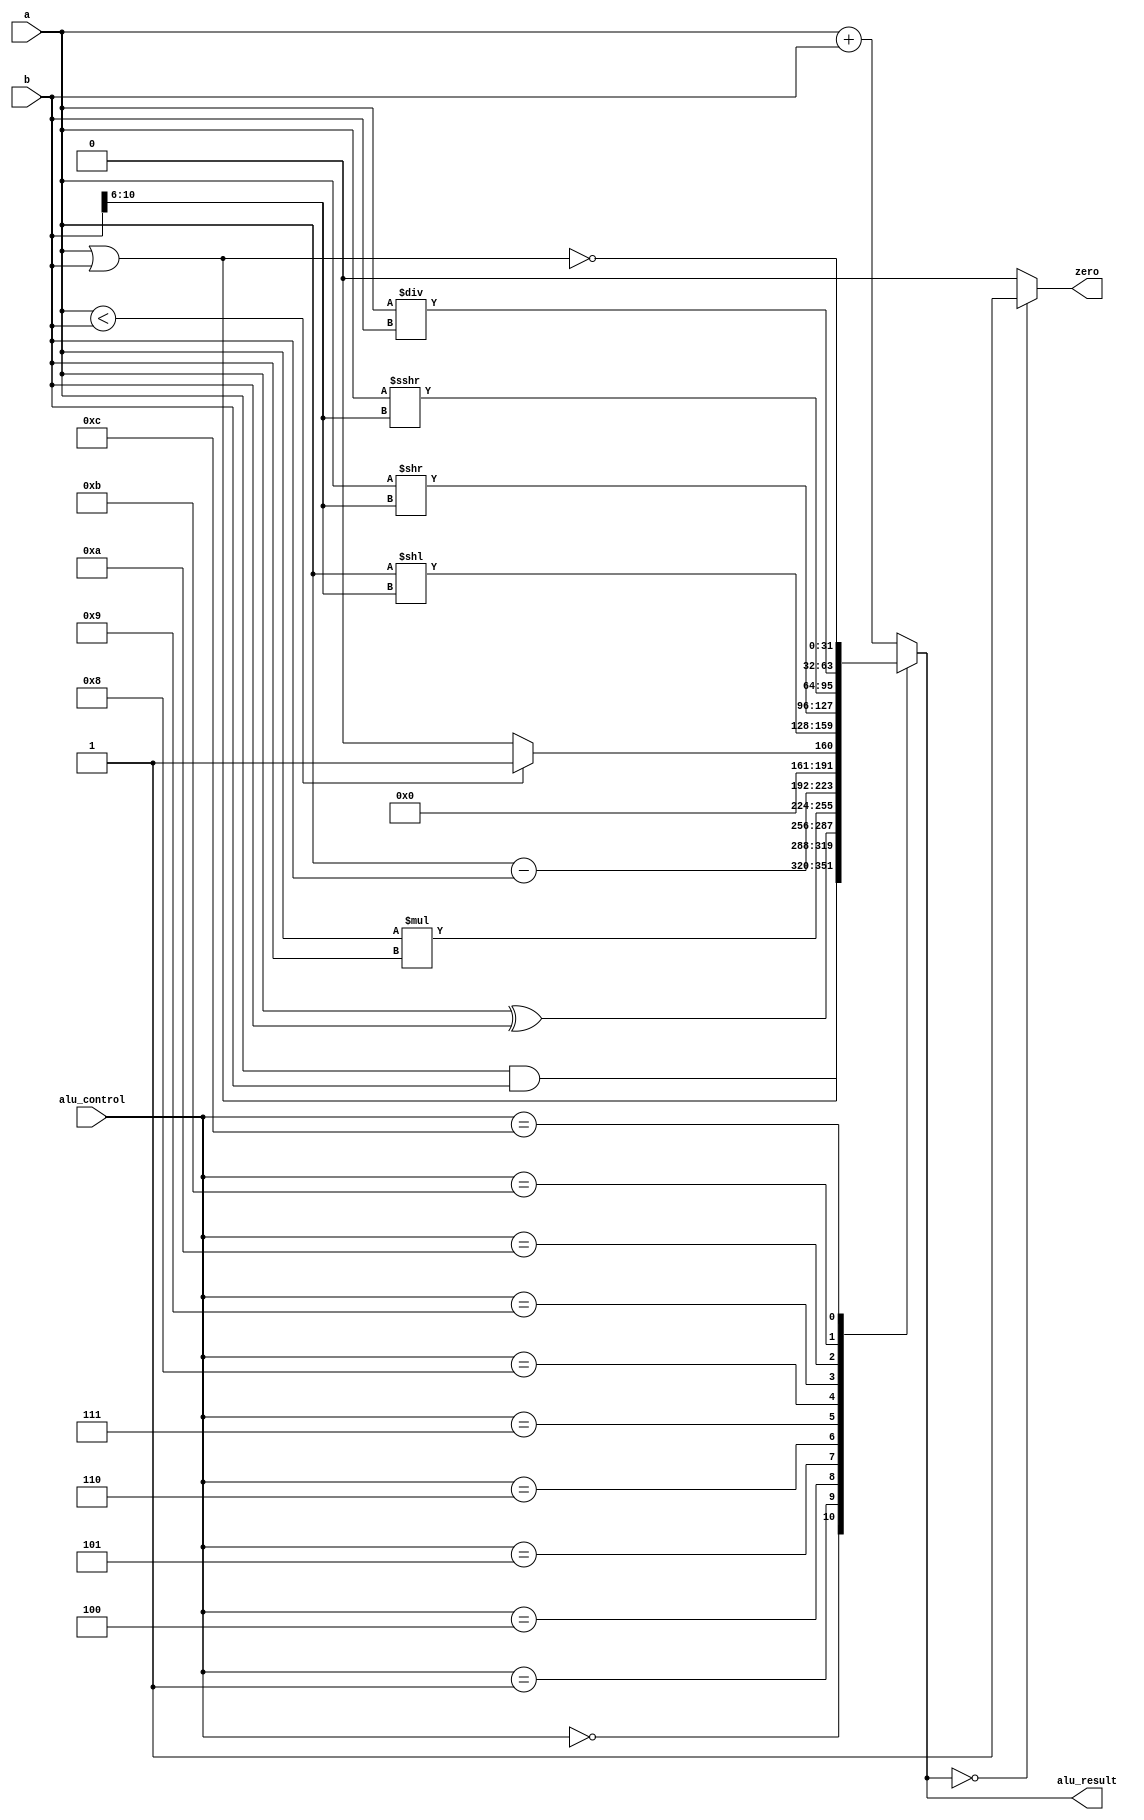
`timescale 1ns / 1ps


module ALU(
    input [31:0] a,  
    input [31:0] b, 
    input [3:0] alu_control,
    output zero, 
    output reg [31:0] alu_result); 
    
    wire signed [31:0] signed_a; 
    
    assign signed_a = a;
    
 always @(*)
 begin   
      case(alu_control)  
      4'b0000: alu_result = a & b; // and  
      4'b0001: alu_result = a | b; // or  
      4'b0010: alu_result = a + b; // add
      4'b0100: alu_result = a ^ b; // xor
      4'b0101: alu_result = a * b; // mult   
      4'b0110: alu_result = a - b; // sub 
      4'b0111: alu_result = (a<b) ? 32'd1 : 32'd0; // slt
      4'b1000: alu_result = a << b[10:6]; // sll 
      4'b1001: alu_result = a >> b[10:6]; // srl 
      4'b1010: alu_result = signed_a >>> b[10:6]; // sra 
      4'b1011: alu_result = a/b; // div 
      4'b1100: alu_result = ~(a | b); // nor  
 
      default: alu_result = a + b; // add  
      endcase  
 end  
 assign zero = (alu_result==32'd0) ? 1'b1: 1'b0;

endmodule